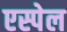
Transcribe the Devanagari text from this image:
एस्पेल